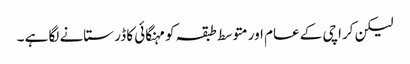
لیکن کراچی کے عام اور متوسط طبقہ کو مہنگائی کا ڈر ستانے لگا ہے ۔